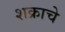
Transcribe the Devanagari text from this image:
शक्राचे